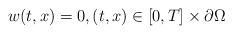
\begin{align*} w(t,x) = 0,(t,x)\in[0,T]\times\partial\Omega\end{align*}